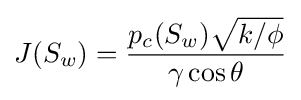
J(S_{w})={\frac {p_{c}(S_{w}){\sqrt {k/\phi }}}{\gamma \cos \theta }}